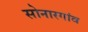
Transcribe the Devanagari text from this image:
सोनारगांव